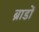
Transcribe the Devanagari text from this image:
ब्राडों